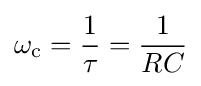
\omega _{\mathrm {c} }={1 \over \tau }={1 \over RC}